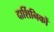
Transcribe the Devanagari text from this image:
दार्शिनिकों